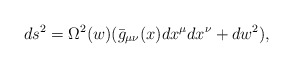
\begin{align*}ds^2 = \Omega^2(w)(\bar{g}_{\mu \nu}(x)dx^{\mu} dx^{\nu} + dw^2),\end{align*}